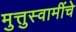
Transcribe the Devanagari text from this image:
मुत्तुस्वामींचे